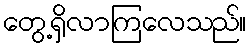
တွေ့ရှိလာကြလေသည်။